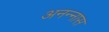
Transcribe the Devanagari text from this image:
अनन्‍नास